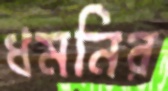
ধমনির